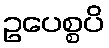
ဥပေစ္စပိ